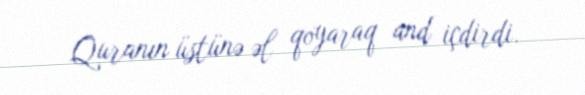
Quranın üstünə əl qoyaraq and içdirdi.